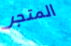
المتجر